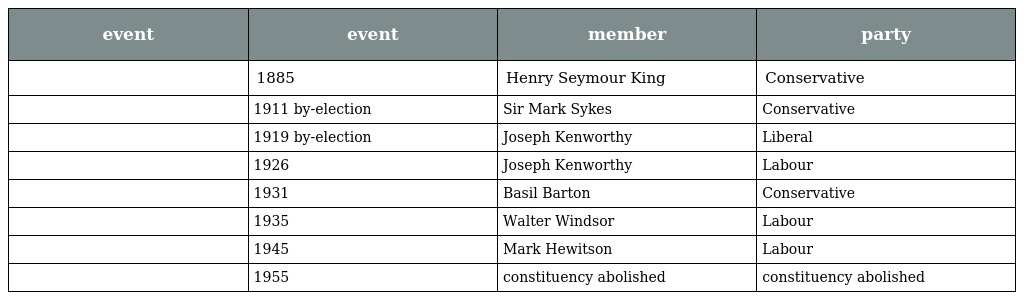
| event | event | member | party |
 | --- | --- | --- | --- |
 |  | 1885 | Henry Seymour King | Conservative |
 |  | 1911 by-election | Sir Mark Sykes | Conservative |
 |  | 1919 by-election | Joseph Kenworthy | Liberal |
 |  | 1926 | Joseph Kenworthy | Labour |
 |  | 1931 | Basil Barton | Conservative |
 |  | 1935 | Walter Windsor | Labour |
 |  | 1945 | Mark Hewitson | Labour |
 |  | 1955 | constituency abolished | constituency abolished |